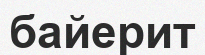
байерит